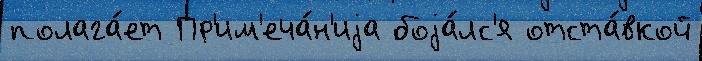
полага́ет Пр'им'еча́н'иjа боjа́лс'я отста́вкой